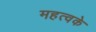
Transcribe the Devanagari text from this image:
महत्वके